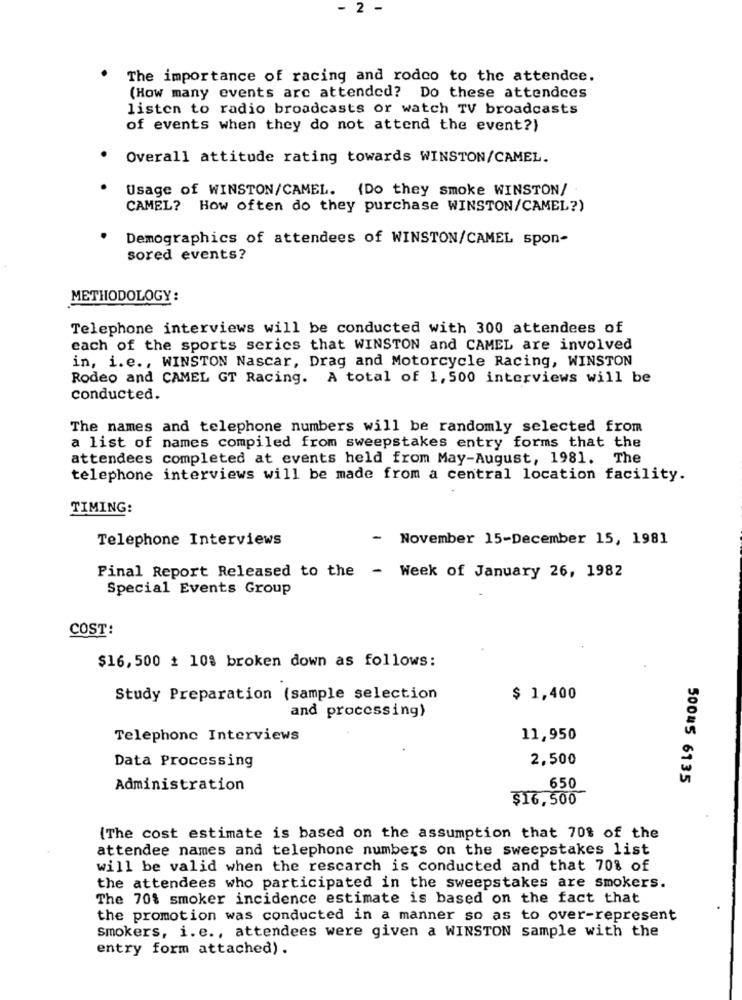
- 2 -
The importance of racing and rodco to the attendce.
(How many events arc attended? Do these attendees
listen to radio broadcasts or watch TV broadcasts
of events when they do not attend the event?)
Overall attitude rating towards WINSTON/CAMEL.
Usage of WINSTON/CAMEL. {Do they smoke WINSTON/
CAMEL? How often do they purchase WINSTON/CAMEL?)
Demographics of attendees of WINSTON/CAMEL spon-
sored events?
METHODOLOGY:
Telephone interviews will be conducted with 300 attendees of
each of the sports series that WINSTON and CAMEL are involved
in, i.e ., WINSTON Nascar, Drag and Motorcycle Racing, WINSTON
Rodeo and CAMEL GT Racing. A total of 1, 500 interviews will be
conducted.
The names and telephone numbers will be randomly selected from
a list of names compiled from sweepstakes entry forms that the
attendees completed at events held from May-August, 1981. The
telephone interviews will be made from a central location facility.
TIMING:
Telephone Interviews
- November 15-December 15, 1981
Pinal Report Released to the - Week of January 26, 1982
Special Events Group
COST:
$16,500 + 10% broken down as follows:
Study Preparation (sample selection
$ 1,400
and processing)
Telephone Interviews
11,950
Data Processing
2,500
500#5 6135
Administration
650
$16,500
(The cost estimate is based on the assumption that 70% of the
attendee names and telephone numbers on the sweepstakes list
will be valid when the rescarch is conducted and that 70% of
the attendees who participated in the sweepstakes are smokers.
The 70% smoker incidence estimate is based on the fact that
the promotion was conducted in a manner so as to over-represent
smokers, i. e ., attendees were given a WINSTON sample with the
entry form attached).